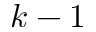
k - 1